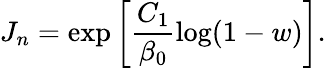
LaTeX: J_{n}=\exp\left[\frac{C_{1}}{\beta_{0}}\log(1-w)\right].